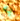
به